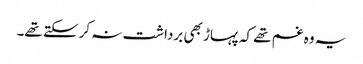
یہ وہ غم تھے کہ پہاڑ بھی برداشت نہ کرسکتے تھے۔